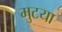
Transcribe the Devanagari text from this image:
मुटया